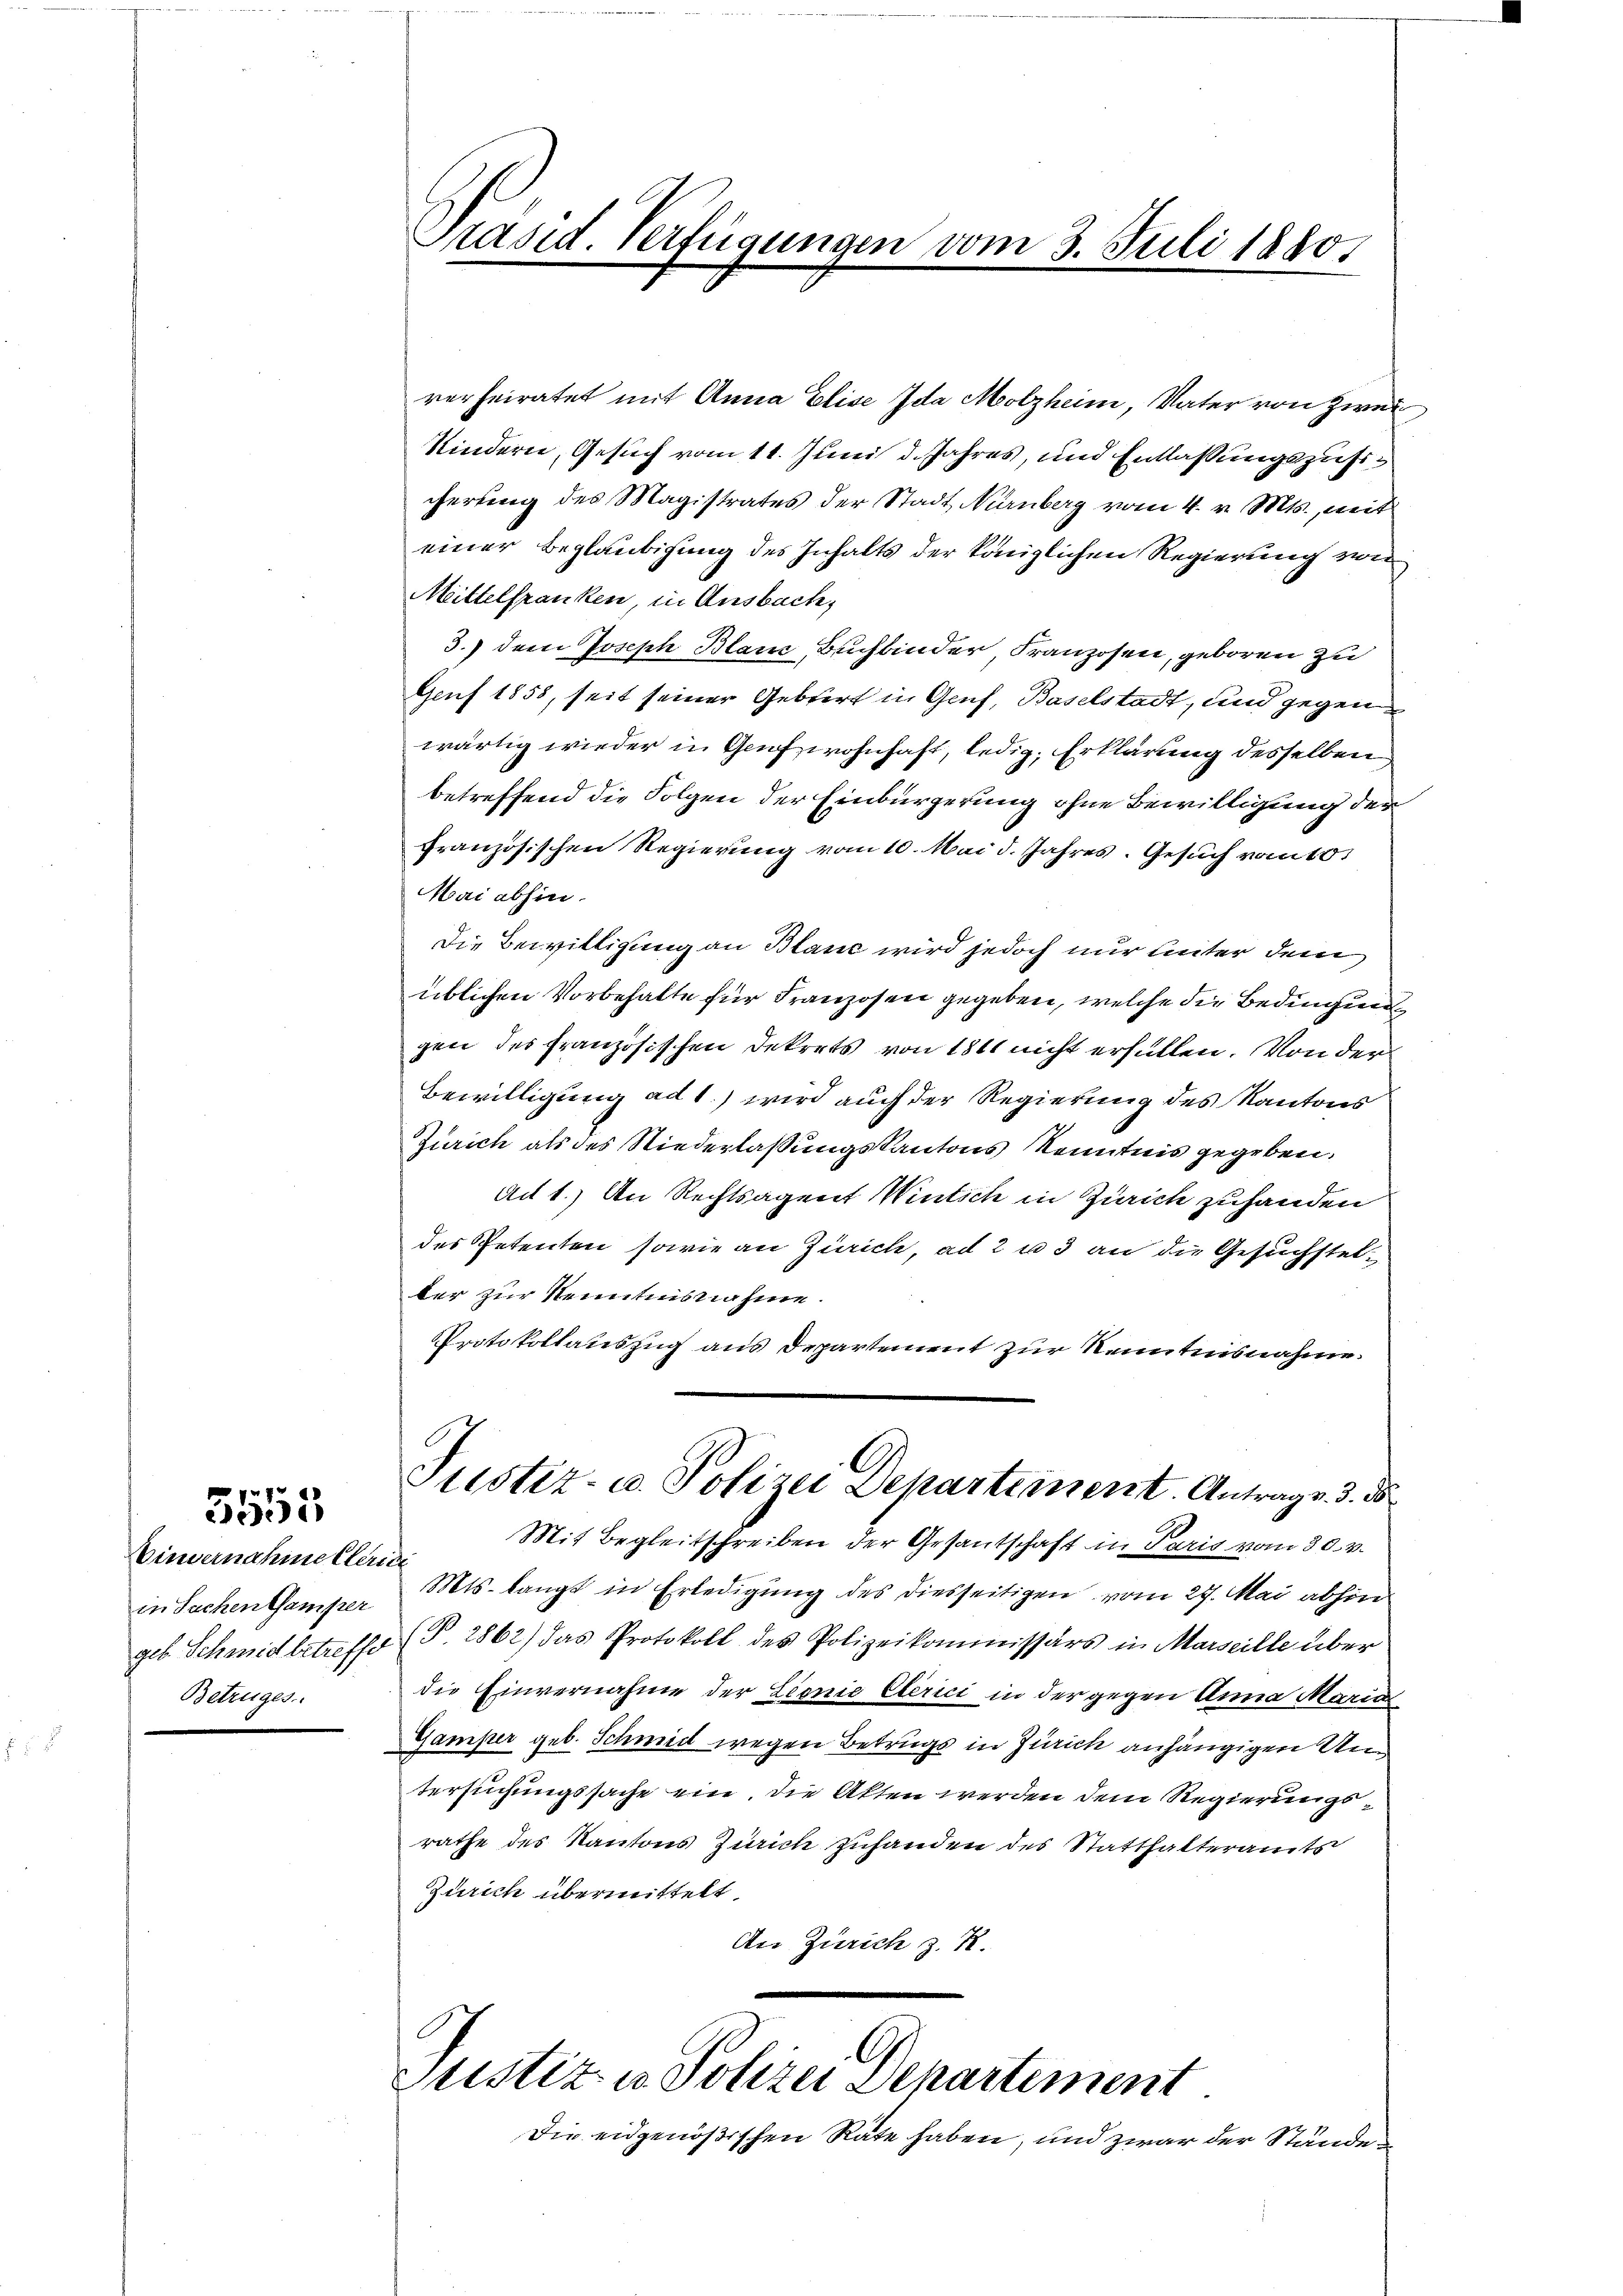
3555

Einvernahme Cleric
in Sachen Gamper
geb. Schmid betreffe
Betruges

Präsid. Verfügungen vom 3. Juli 1880.

rerheiratet mit Anna Elise Ida Molzheim, Vater von Zwei
Kindern, Gesuch vom 11. Juni d. Jahres, und Entlassungszusicherung des Magistrates der Stadt Nürnberg vom 4. v. Mts., mit
einer Beglaubigung des Inhalts der königlichen Regierung von
Mittelfranken, in Ansbach,
3.) dem Joseph Blanz, Buchbinder Franzosen, geboren zu
Genf 1858, seit seiner Gebiert in Genf, Baselstadt, und gegen
wärtig wieder in Genf wohnhaft, ledig, Erklärung desselben
betreffend die Folgen der Einbürgerung ohne Bewilligung der
französischen Regierung vom 10. Mai d. Jahres. Gesuch vom 10t
Mai abhin.
Die Bewilligung an Blanc wird jedoch nur leiter dem
üblichen Vorbehalte für Franzosen gegeben, welche die Bedingung
gen des französischen Dekrets von 1811 nicht erfüllen. Von der
Bewilligung ad 1.) wird auch der Regierung des Kantons
Zürich als des Niederlaßungskantons Kenntnis gegeben.
Ac 1.) An Rechtsagent Wintich in Zürich zuhanden
der Petenten sowie an Zürich, ad 2 u 3 an die Gesuchstelber zur Kenntnisnahme.
Protokollauszug aus Departement zur Kenntnisnahme.
Justiz- u. Polizei Departement. Antrag v. 3. ds.
Mit Begleitschreiben der Gesantschaft in Paris vom 30. v.
Mts. langt in Erledigung des diesseitigen vom 27. Mai abhin
(§ 2862) das Protokoll des Polizeikommissärs in Marseille über
die Einvernahme der Lionio Eberici in der gegen Anna Maria
Gamper geb. Schmid wegen Betrugs in Zürich anhängigen Untersuchungssache ein, die Akten werden dem Regierungsrathe des Kantons Zürich zuhanden des Statthalteramts
Zürich übermittelt.
An Zürich z. B.

Justiz in Polizei Departement
Die eidgenößischen Räte haben, und zwar der Stände¬